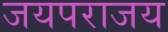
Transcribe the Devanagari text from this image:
जयपराजय